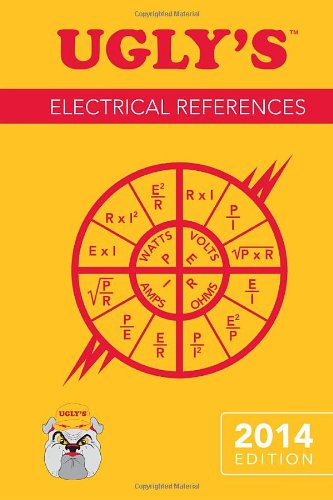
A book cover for Ugly's Electrical References, 2014 Edition; Jones & Bartlett Learning; Engineering & Transportation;